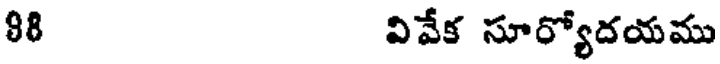
88 వివేక సూర్యోదయము